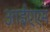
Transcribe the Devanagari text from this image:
आईएएम